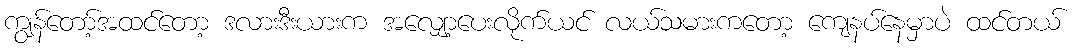
ကျွန်တော့်အထင်တော့ ဒလားဒီးယားက အလျှော့ပေးလိုက်ယင် လယ်သမားကတော့ ကျေနပ်နေမှာပဲ ထင်တယ်